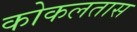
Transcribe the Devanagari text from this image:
कोकलतास